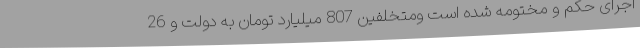
اجرای حکم و مختومه شده است ومتخلفین 807 میلیارد تومان به دولت و 26